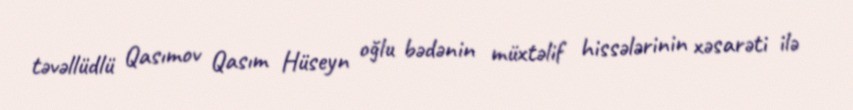
təvəllüdlü Qasımov Qasım Hüseyn oğlu bədənin müxtəlif hissələrinin xəsarəti ilə